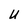
Character: U